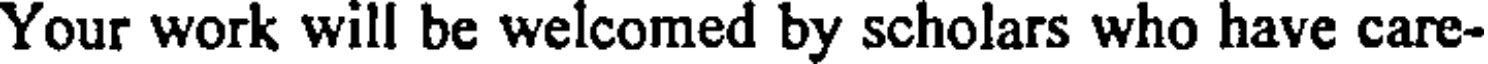
Your work will be welcomed by scholars who have care-